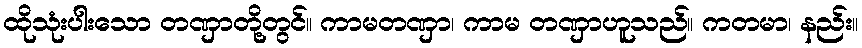
ထိုသုံးပါးသော တဏှာတို့တွင်။ ကာမတဏှာ၊ ကာမ တဏှာဟူသည်။ ကတမာ၊ နည်း။